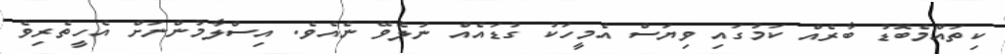
ކިތައްމެބޮޑު ބާރެއް ކަމުގައި ވިޔަސް އެމީހަކު ގުޑައެއް ނުލެވޭ ނެއެވެ. އިސްލާމުންނަށް އެހީތެރިވެ